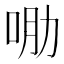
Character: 𱒠